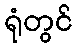
ရုံတွင်